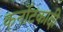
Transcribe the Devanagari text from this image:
कर्नाटकादी